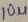
Text: 10u